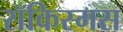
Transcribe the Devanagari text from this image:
रॉकिस्मस